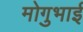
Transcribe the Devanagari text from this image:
मोगुभाई